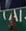
al